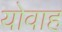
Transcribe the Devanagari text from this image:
योवाह